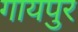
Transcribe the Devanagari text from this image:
गायपुर